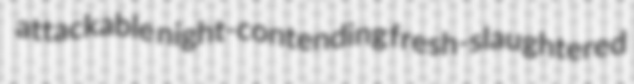
attackable night-contending fresh-slaughtered